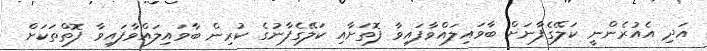
އަދި އެއުރެންނީ ކަލޭގެފާނަށް ބާވައިލައްވާފައިވާ ފޮތަށާއި ކަލޭގެފާނުގެ ކުރިން ބާވައިލައްވާފައިވާ ފޮތްތަކަށް